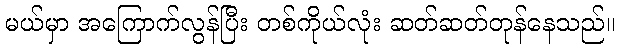
မယ်မှာ အကြောက်လွန်ပြီး တစ်ကိုယ်လုံး ဆတ်ဆတ်တုန်နေသည်။